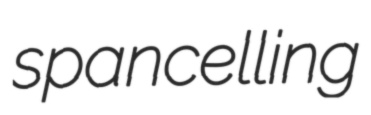
spancelling